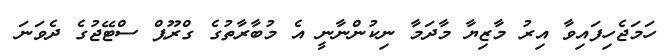
ހަމަޖެހިފައިވާ އިރު މާޒިޔާ މާދަމާ ނިކުންނާނީ އެ މުބާރާތުގެ ގްރޫޕް ސްޓޭޖުގެ ދެވަނަ